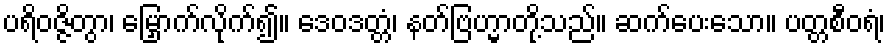
ပရိဝဇ္ဇိတွာ၊ မြှောက်လိုက်၍။ ဒေဝဒတ္တံ၊ နတ်ဗြဟ္မာတို့သည်။ ဆက်ပေးသော။ ပတ္တစီဝရံ၊